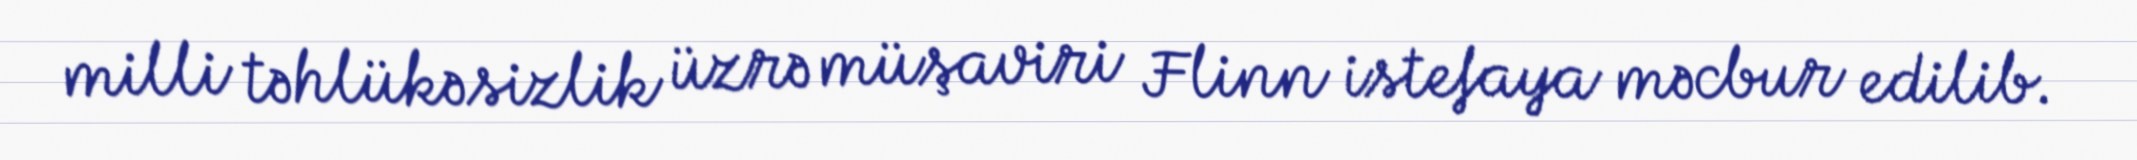
milli təhlükəsizlik üzrə müşaviri Flinn istefaya məcbur edilib.